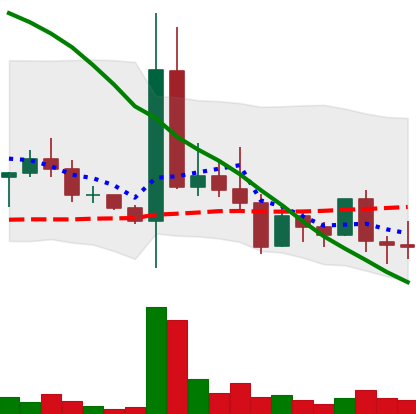
Ticker: DOGE-USD
Chart end date: 2022-05-07
Forward return: -35.176%
Label: down_7plus